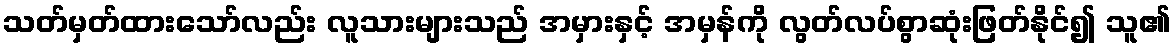
သတ်မှတ်ထားသော်လည်း လူသားများသည် အမှားနှင့် အမှန်ကို လွတ်လပ်စွာဆုံးဖြတ်နိုင်၍ သူ၏